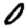
Digit: 0